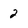
Character: 2